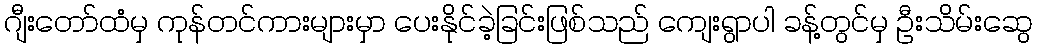
ဂျီးတော်ထံမှ ကုန်တင်ကားများမှာ ပေးနိုင်ခဲ့ခြင်းဖြစ်သည် ကျေးရွာပါ ခန့်တွင်မှ ဦးသိမ်းဆွေ